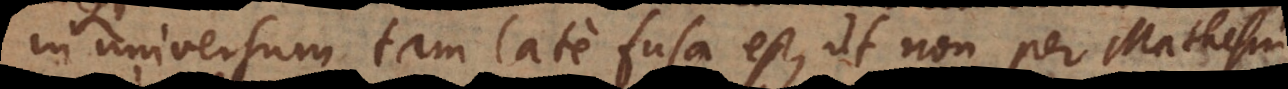
in universum tam late fusa est, ut non per Mathesin